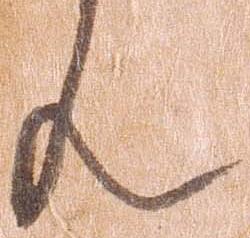
ん